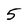
Character: 5